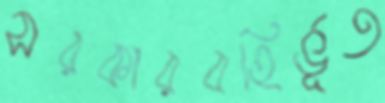
সরকারবহির্ভূত